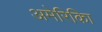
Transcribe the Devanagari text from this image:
अमेरिकिा